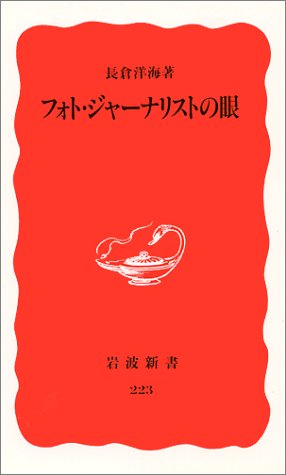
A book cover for Foto janarisuto no me (Iwanami shinsho. Shin akaban) (Japanese Edition); Hiromi Nagakura; Travel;